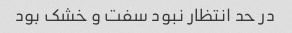
در حد انتظار نبود سفت و خشک بود